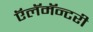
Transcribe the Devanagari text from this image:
ऍलॅमॅन्टरी